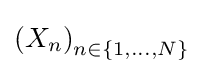
\left(X_{n}\right)_{n\in \{1,\ldots ,N\}}